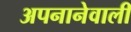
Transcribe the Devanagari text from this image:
अपनानेवाली